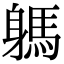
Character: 𨉸